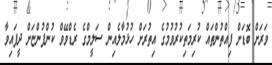
ވަރަށް ބޮޑަށް ފިއްތުންތައް ކުރިމަތިކުރުވުމުގެ އިތުރަށް ހުޅުމާލެއިން ސަލީމްގެ ރެޑްވޭވް ކުންފުންޏަށް ދީފައިވާ